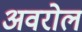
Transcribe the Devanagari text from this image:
अवरोल